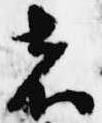
者